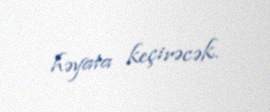
həyata keçirəcək.